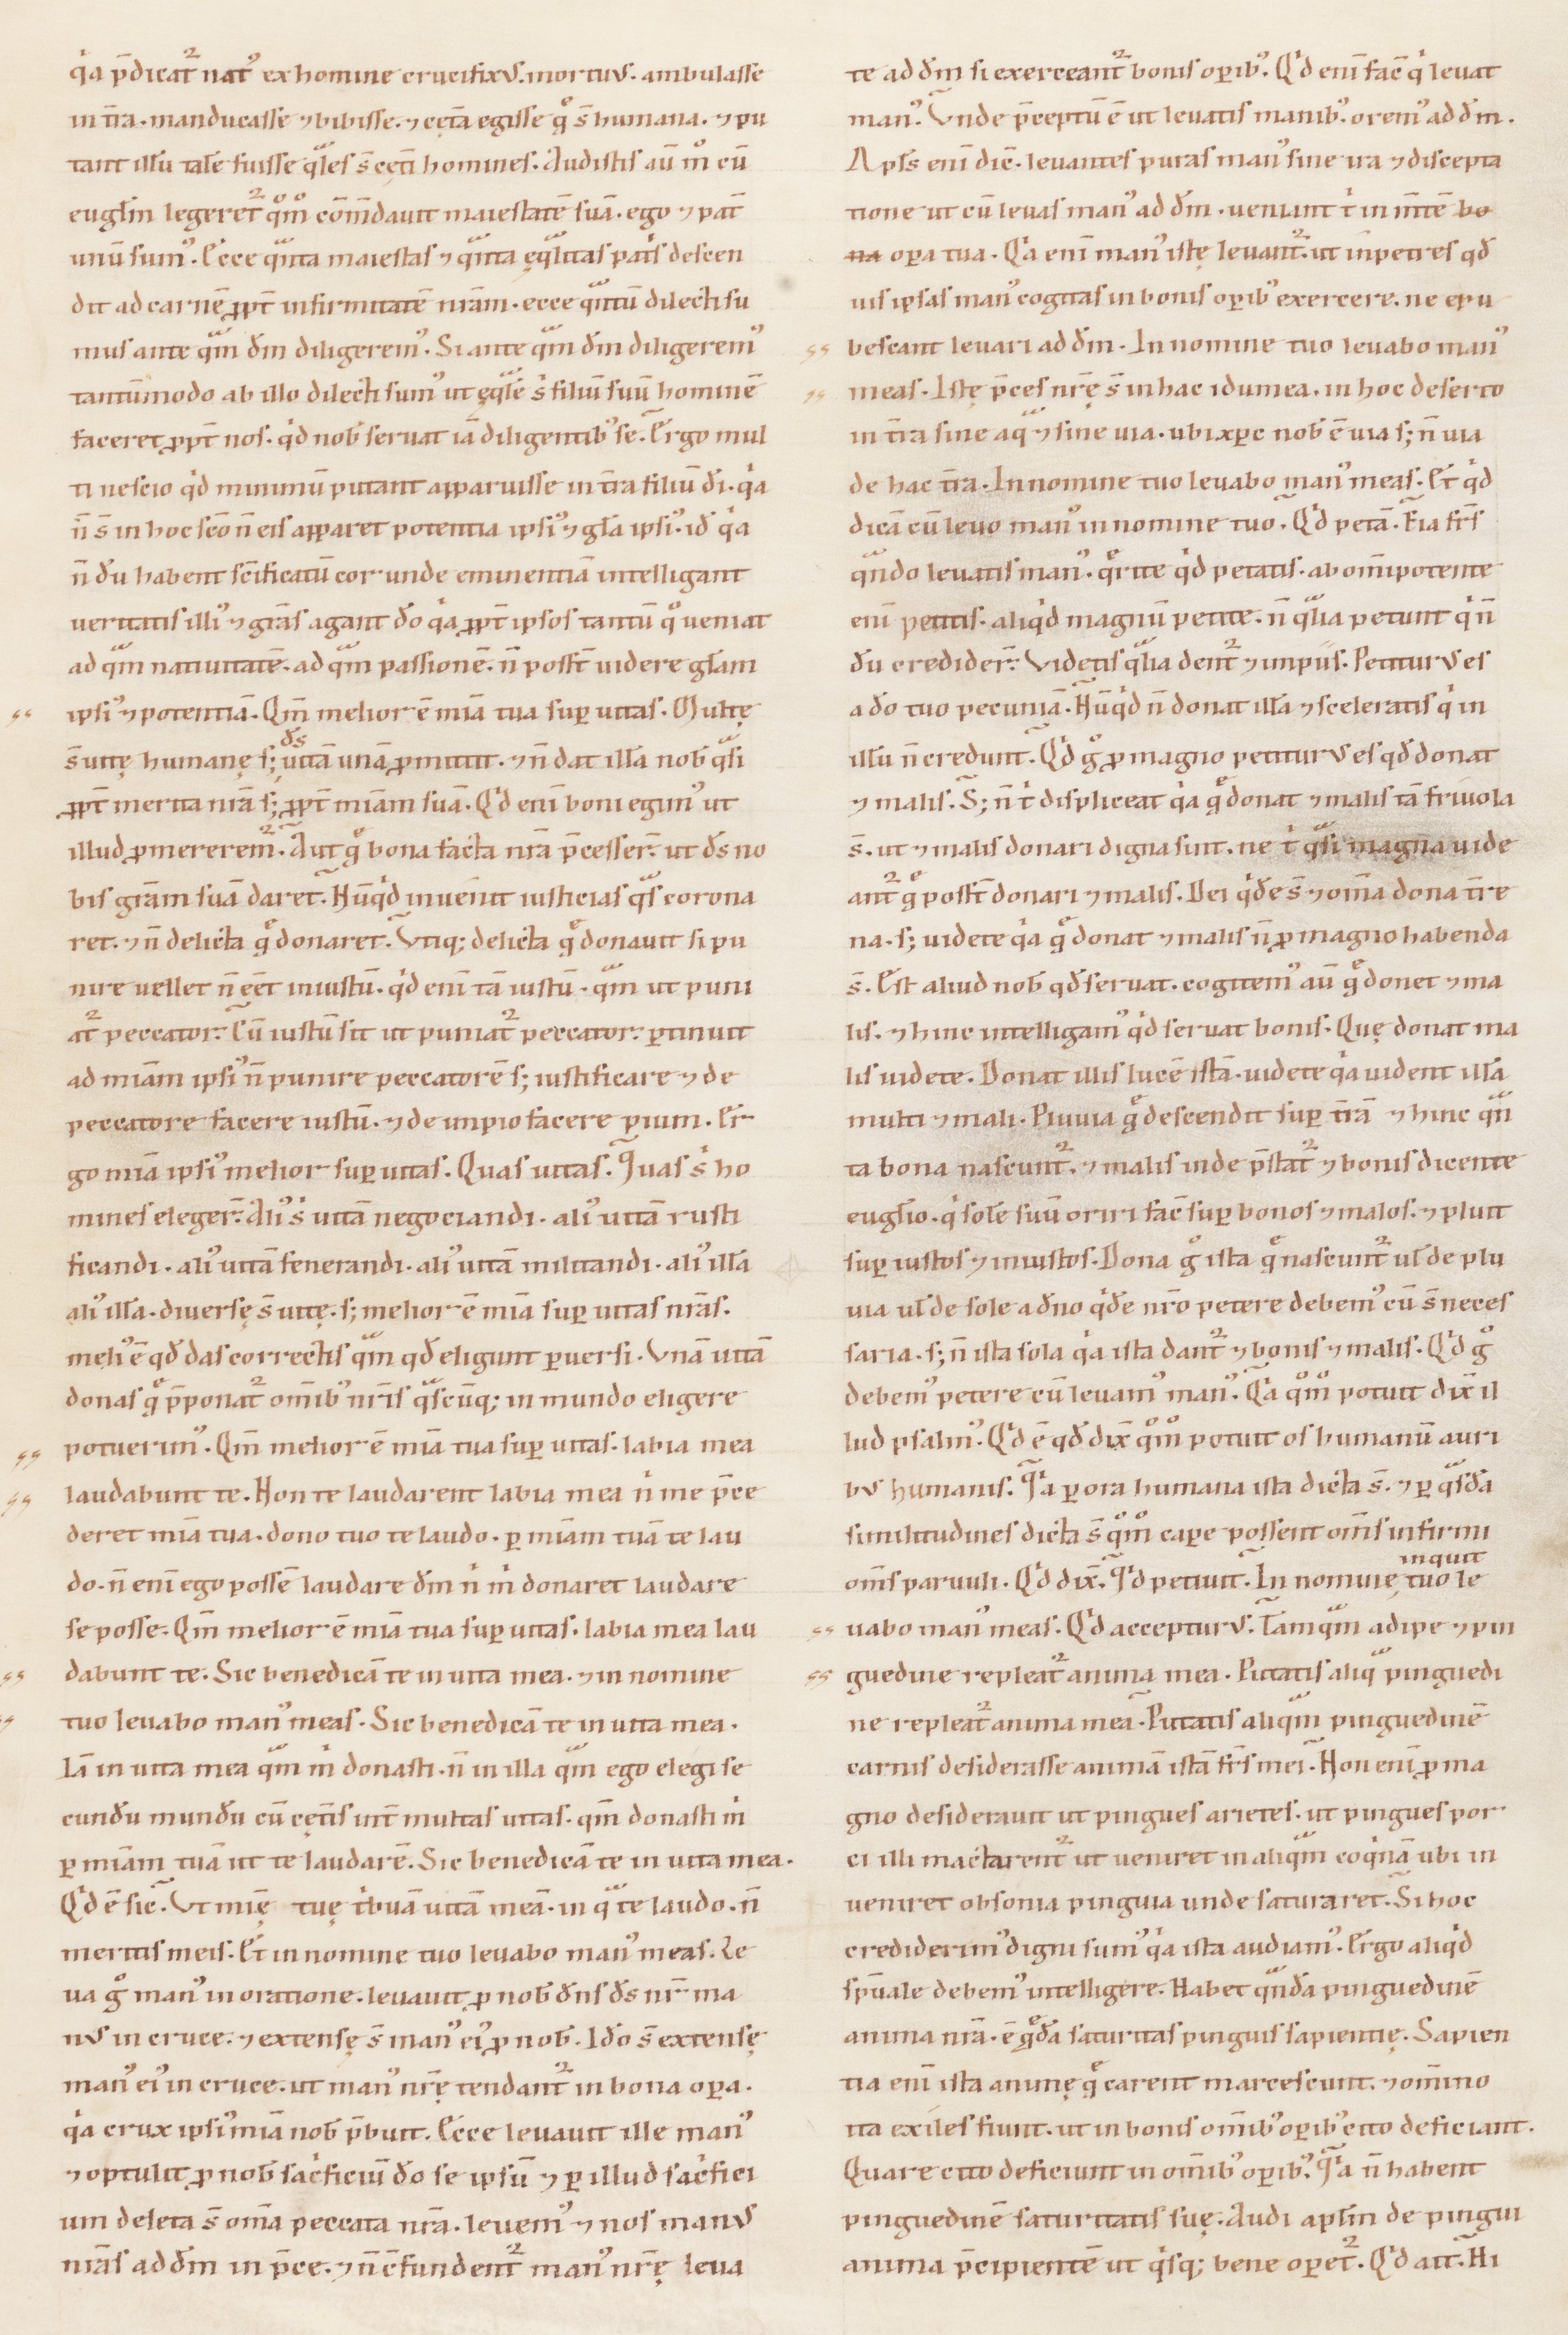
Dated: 1100–1199